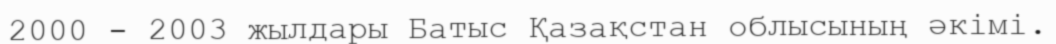
2000 - 2003 жылдары Батыс Қазақстан облысының әкімі.